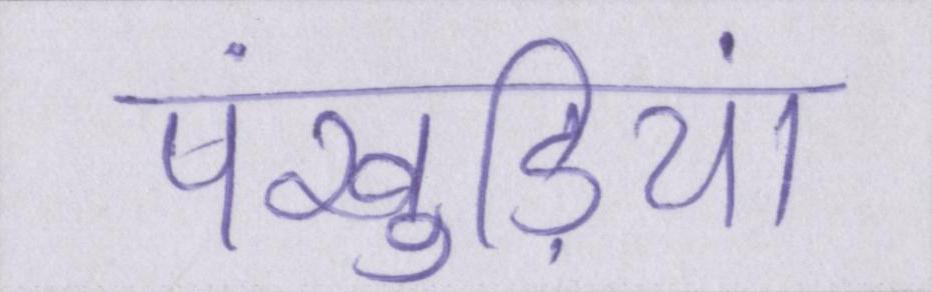
पंखुड़ियां